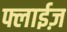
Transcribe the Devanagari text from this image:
फ्लाईज़